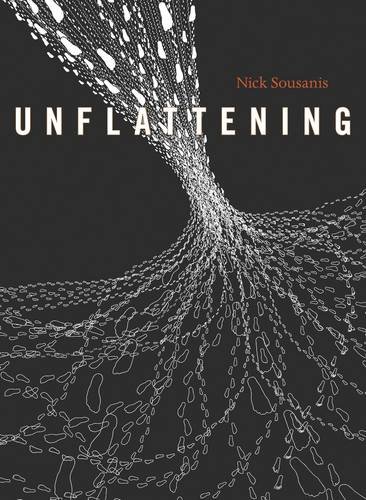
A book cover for Unflattening; Nick Sousanis; Comics & Graphic Novels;